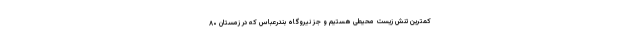
کمترین تنش زیست محیطی هستیم و جز نیروگاه بندرعباس که در زمستان ۸۰